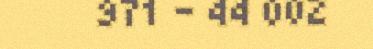
971 – 44 002